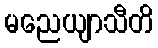
မညေယျာသီတိ